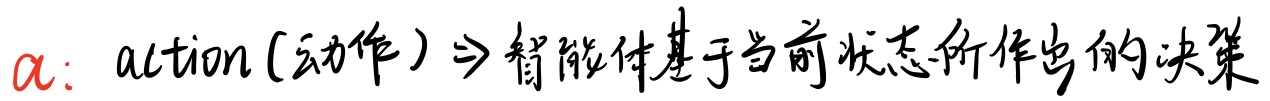
$\alpha$：action (动作)$\Rightarrow$智能体基于当前状态所作出的决策